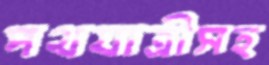
পথযাত্রীসহ